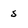
Character: 5